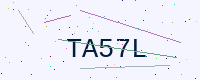
Text: TA57L